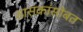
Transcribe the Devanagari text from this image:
शासकांसोबत